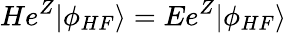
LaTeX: He^{Z}|\phi_{HF}\rangle=Ee^{Z}|\phi_{HF}\rangle